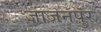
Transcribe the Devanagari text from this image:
जाजनपुर